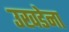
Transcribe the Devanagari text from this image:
उखडेना